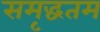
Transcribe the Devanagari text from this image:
समृद्धतम